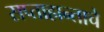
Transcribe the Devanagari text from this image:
सप्ताहान्ताचे